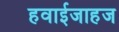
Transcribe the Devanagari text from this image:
हवाईजाहज